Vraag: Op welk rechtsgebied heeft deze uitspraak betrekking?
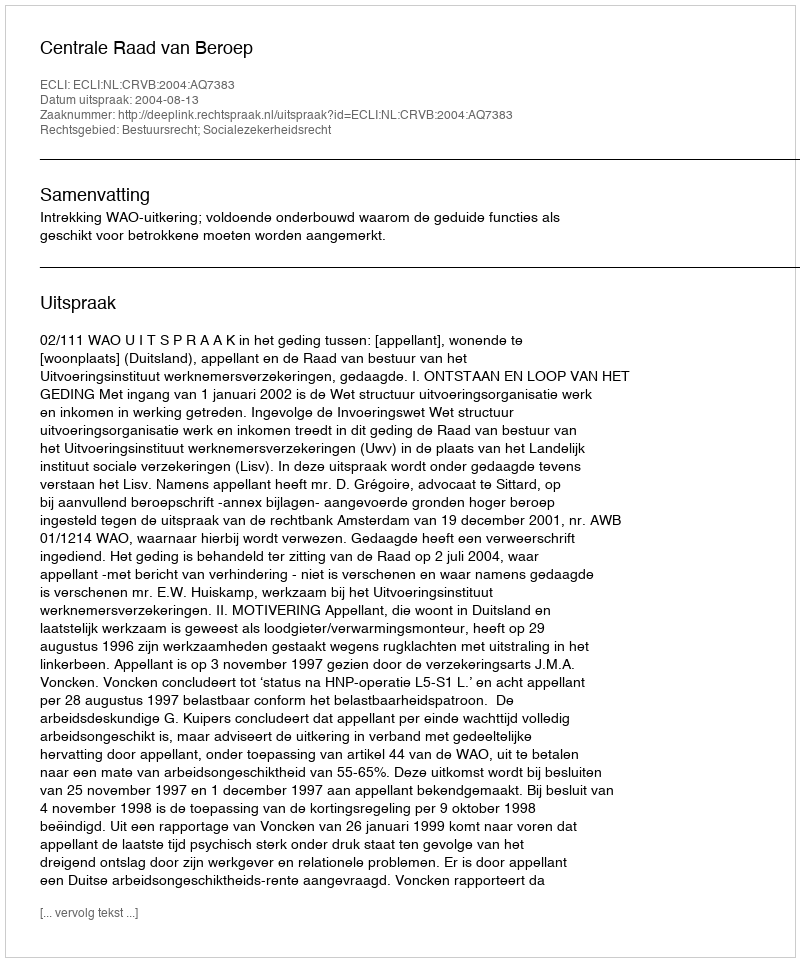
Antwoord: Bestuursrecht; Socialezekerheidsrecht